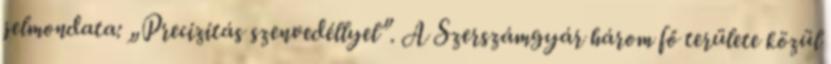
jelmondata: „Precizitás szenvedéllyel”. A Szerszámgyár három fő területe közül